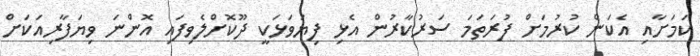
ކަމަށާއި އެކަން ކުރުމަށް ފުރަތަމަ ސަރުކާރުން އެޅި ފިޔަވަޅަކީ ދޫކޮށްލެވިފައި އޮންނަ ވިޔަފާރިއަކަށް